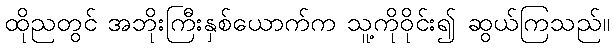
ထိုညတွင် အဘိုးကြီးနှစ်ယောက်က သူ့ကိုဝိုင်း၍ ဆွယ်ကြသည်။